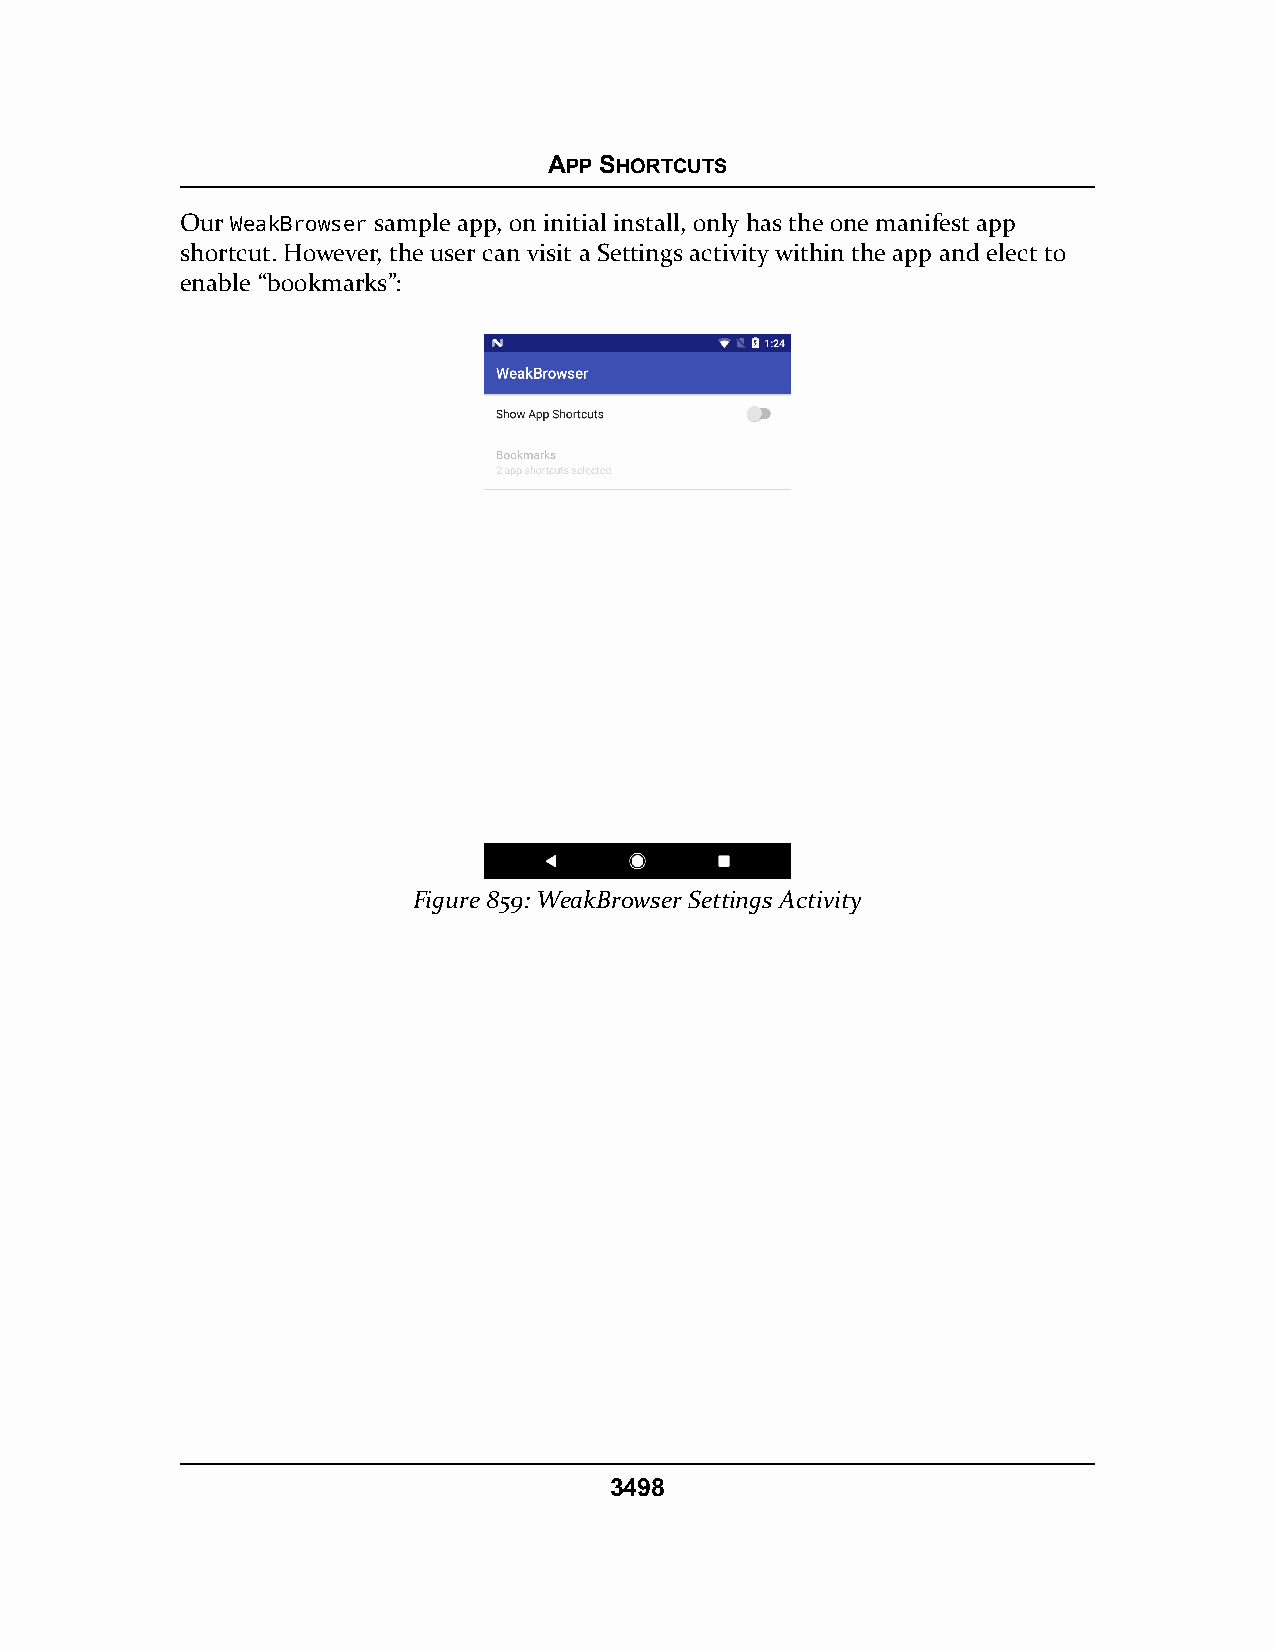
APP SHORTCUTS
 Our WeakBrowser sample app, on initial install, only has the one manifest app
 shortcut. However, the user can visit a Settings activity within the app and elect to
 enable “bookmarks”:
 Figure 859: WeakBrowser Settings Activity
 3498